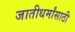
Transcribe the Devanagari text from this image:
जातीधर्मांसाठी